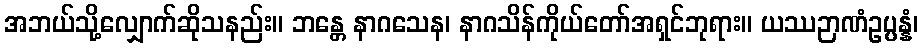
အဘယ်သို့လျှောက်ဆိုသနည်း။ ဘန္တေ နာဂသေန၊ နာဂသိန်ကိုယ်တော်အရှင်ဘုရား။ ယဿဉာဏံဥပ္ပန္နံ၊